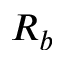
R _ { b }